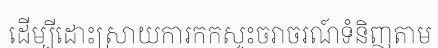
ដើម្បីដោះស្រាយការកកស្ទះចរាចរណ៍ទំនិញតាម